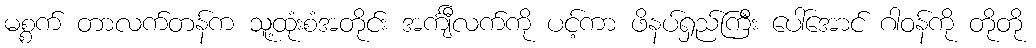
မစ္စက် တာလက်တန်က သူ့ထုံးစံအတိုင်း အင်္ကျီလက်ကို ပင့်ကာ ဖိနပ်ရှည်ကြီး ပေါ်အောင် ဂါဝန်ကို တိုတို